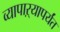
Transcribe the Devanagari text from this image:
व्यापाऱ्यापर्यंत